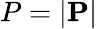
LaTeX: P=|\mathbf{P}|